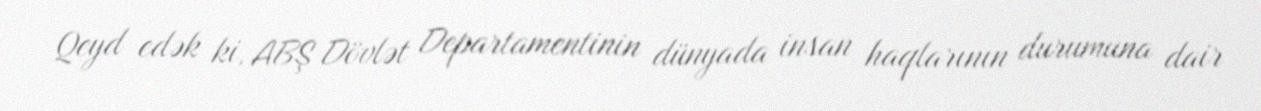
Qeyd edək ki, ABŞ Dövlət Departamentinin dünyada insan haqlarının durumuna dair